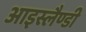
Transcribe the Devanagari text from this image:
आइस्लैण्डी